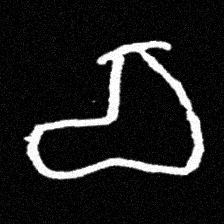
Pyu character \u2014 Myanmar letter: စ (romanized: ca)